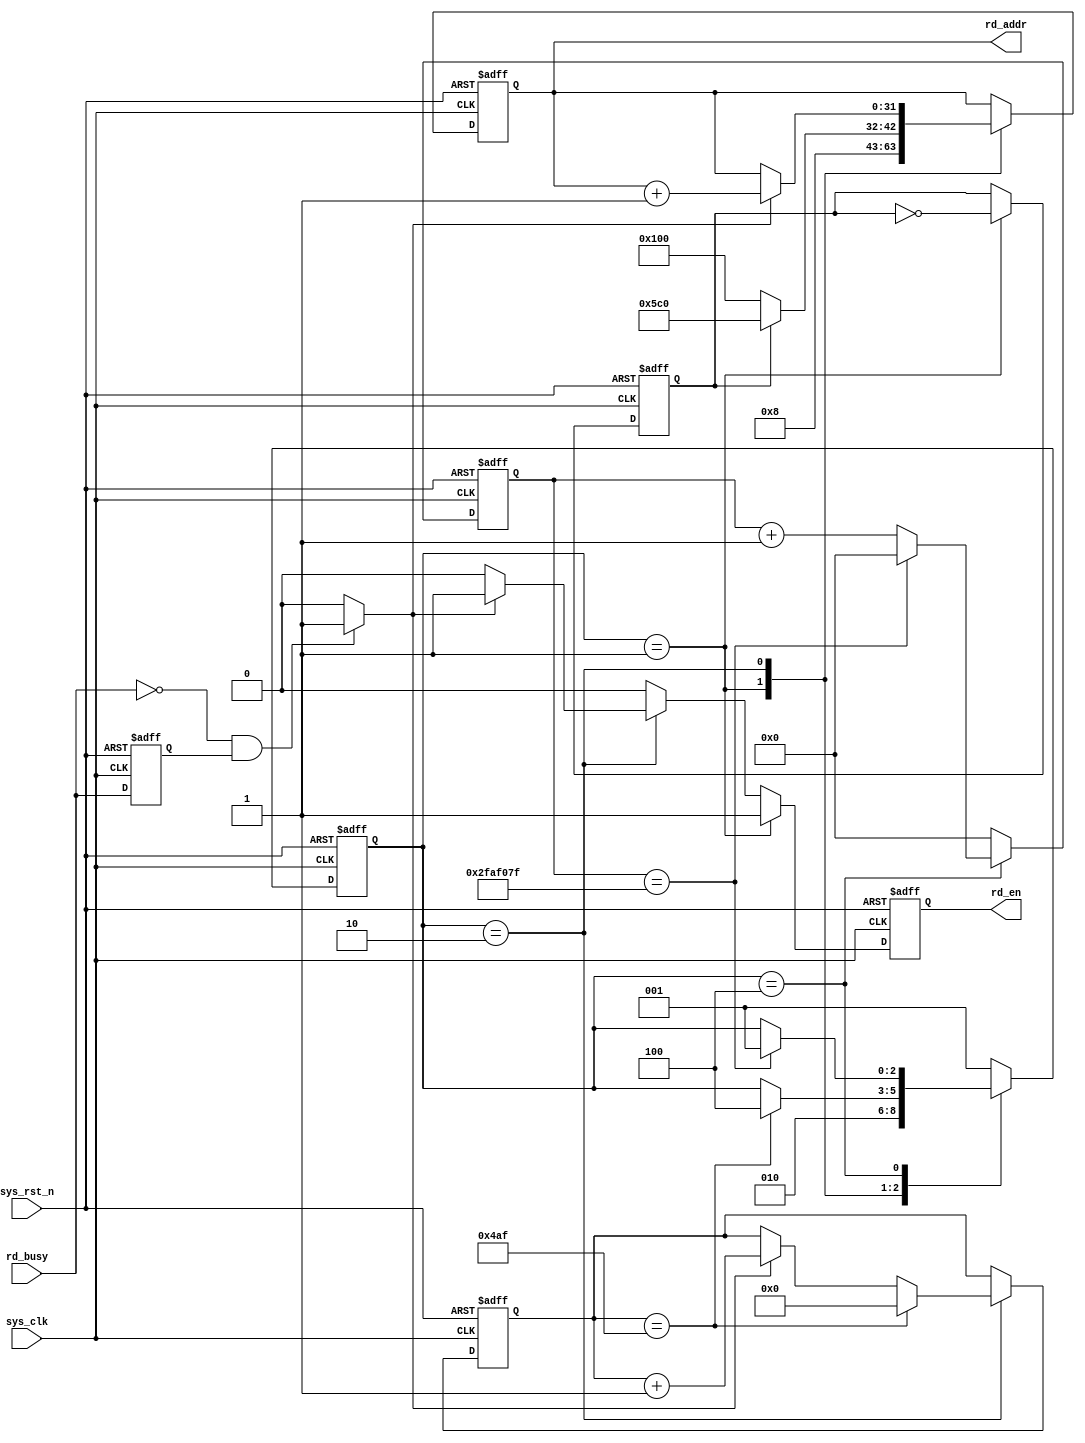
`timescale  1ns/1ns
////////////////////////////////////////////////////////////////////////
// Module Name   : data_read_ctrl
// Project Name  : sd_vga_pic
// Target Devices: Altera EP4CE10F17C8N
// Tool Versions : Quartus 13.0
// Description   : SD
//
// Revision      : V1.0
// Additional Comments:
// 
// : _Pro_FPGA
//     : http://www.embedfire.com
//     : http://www.firebbs.cn
//     : https://fire-stm32.taobao.com
////////////////////////////////////////////////////////////////////////

module  data_rd_ctrl
(
    input   wire            sys_clk     ,   //,50MHz
    input   wire            sys_rst_n   ,   //,
    input   wire            rd_busy     ,   //

    output  reg             rd_en       ,   //
    output  reg     [31:0]  rd_addr         //
);

//********************************************************************//
//****************** Parameter and Internal Signal *******************//
//********************************************************************//
//parameter define
parameter   IDLE    =   3'b001, //
            READ    =   3'b010, //
            WAIT    =   3'b100; //
parameter   IMG_SEC_ADDR0   =   32'd16640,  //1
            IMG_SEC_ADDR1   =   32'd17856;  //2
parameter   RD_NUM  =   11'd1200    ;       //
parameter   WAIT_MAX=   26'd50_000_000  ;   //

//wire  define
wire            rd_busy_fall;   //

//reg   defien
reg             rd_busy_dly ;   //
reg     [2:0]   state       ;   //
reg     [10:0]  cnt_rd      ;   //
reg             pic_c       ;   //
reg     [25:0]  cnt_wait    ;   //

//********************************************************************//
//***************************** Main Code ****************************//
//********************************************************************//
//rd_busy_dly:
always@(posedge sys_clk or negedge sys_rst_n)
    if(sys_rst_n == 1'b0)
        rd_busy_dly <=  1'b0;
    else
        rd_busy_dly <=  rd_busy;

//rd_busy_fall:
assign  rd_busy_fall = ((rd_busy == 1'b0) && (rd_busy_dly == 1'b1))
                        ? 1'b1 : 1'b0;

//state:
always@(posedge sys_clk or negedge sys_rst_n)
    if(sys_rst_n == 1'b0)
        state   <=  IDLE;
    else
        case(state)
            IDLE:   state   <=  READ;
            READ:
                if(cnt_rd == (RD_NUM - 1'b1))
                    state   <=  WAIT;
                else
                    state   <=  state;
            WAIT:
                if(cnt_wait == (WAIT_MAX - 1'b1))
                    state   <=  IDLE;
                else
                    state   <=  state;
            default:    state   <=  IDLE;
        endcase

//pic_c:
always@(posedge sys_clk or negedge sys_rst_n)
    if(sys_rst_n == 1'b0)
        pic_c   <=  1'b0;
    else    if(state == IDLE)
        pic_c   <=  ~pic_c;
    else
        pic_c   <=  pic_c;

//cnt_rd:
always@(posedge sys_clk or negedge sys_rst_n)
    if(sys_rst_n == 1'b0)
        cnt_rd  <=  11'd0;
    else    if(state == READ)
        if(cnt_rd == RD_NUM - 1'b1)
            cnt_rd  <=  11'd0;
        else    if(rd_busy_fall == 1'b1)
            cnt_rd  <=  cnt_rd + 1'b1;
        else
            cnt_rd  <=  cnt_rd;

//rd_en:
always@(posedge sys_clk or negedge sys_rst_n)
    if(sys_rst_n == 1'b0)
        rd_en   <=  1'b0;
    else    if(state == IDLE)
        rd_en   <=  1'b1;
    else    if(state == READ)
        if(rd_busy_fall == 1'b1)
            rd_en   <=  1'b1;
        else
            rd_en   <=  1'b0;
    else
        rd_en   <=  1'b0;

//rd_addr:
always@(posedge sys_clk or negedge sys_rst_n)
    if(sys_rst_n == 1'b0)
        rd_addr <=  32'd0;
    else
        case(state)
            IDLE:
                if(pic_c == 1'b1)
                    rd_addr <=  IMG_SEC_ADDR1;
                else
                    rd_addr <=  IMG_SEC_ADDR0;
            READ:
                if(rd_busy_fall == 1'b1)
                    rd_addr <=  rd_addr + 1'd1;
                else
                    rd_addr <=  rd_addr;
            default:rd_addr <=  rd_addr;
        endcase

//cnt_wait:
always@(posedge sys_clk or negedge sys_rst_n)
    if(sys_rst_n == 1'b0)
        cnt_wait    <=  26'd0;
    else    if(state == WAIT)
        if(cnt_wait == (WAIT_MAX - 1'b1))
            cnt_wait    <=  26'd0;
        else
            cnt_wait    <=  cnt_wait + 1'b1;
    else
        cnt_wait    <=  26'd0;

endmodule